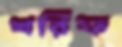
খরিফ